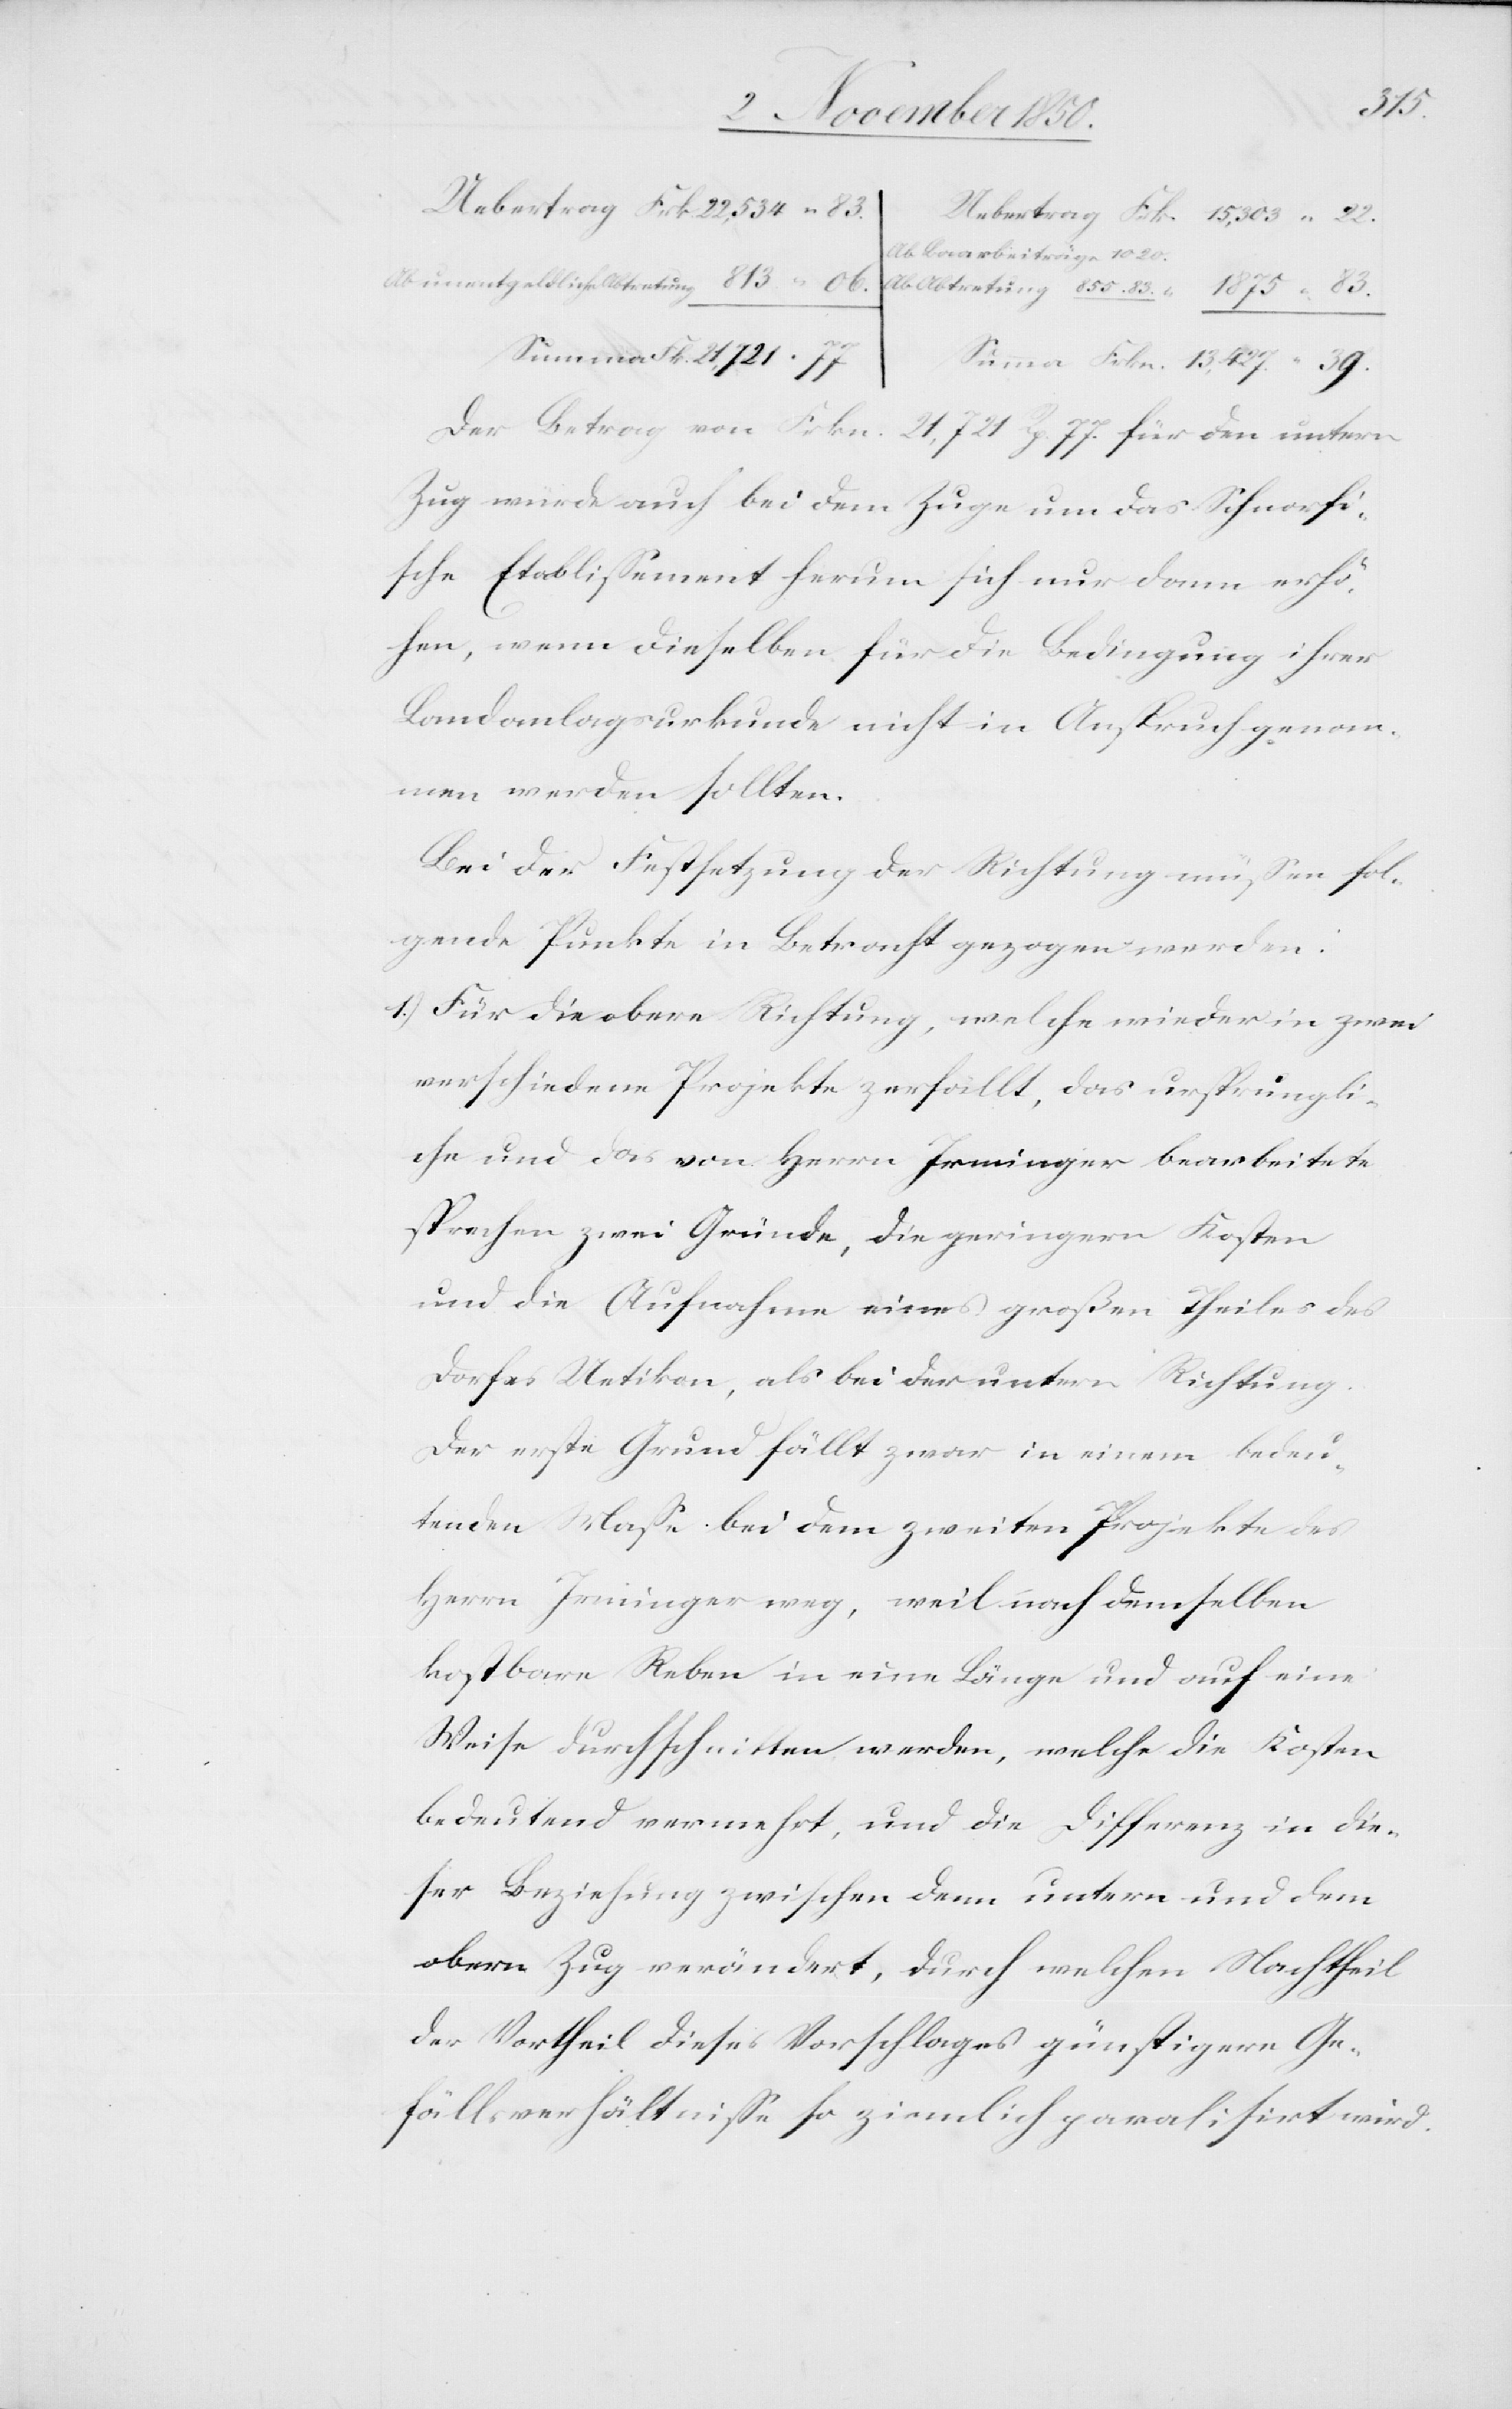
39
Ab Baarbeiträge 1020
Der Betrag von Frkn. 21,721 Rp. 77. für den untern
Zug würde auch bei dem Zuge um das Schnorfi¬
sche Etablissement herum sich nur dann erhö¬
hen, wenn dieselben für die Bedingung ihrer
Landanlagsurkunde nicht in Anspruch genom¬
men werden sollten.
Bei der Festsetzung der Richtung müssen fol¬
gende Punkte in Betracht gezogen werden:
1.) Für die obere Richtung, welche wieder in zwei
verschiedene Projekte zerfällt, das ursprüngli¬
che und das von Herrn Irminger bearbeitete
sprachen zwei Gründe, die geringern Kosten
und die Aufnahme eines großen Theiles des
Dorfes Uetikon, als bei der untern Richtung.
Der erste Grund fällt zwar in einem bedeu¬
tenden Masse bei dem zweiten Projekte des
Herrn Irminger weg, weil nach demselben
kostbare Reben in eine Länge und auf eine
Weise durchschnitten werden, welche die Kosten
bedeutend vermehrt, und die Differenz in die¬
ser Beziehung zwischen denn [sic!] untern und dem
obern Zug verändert, durch welchen Nachtheil
der Vortheil dieses Vorschlages günstigern Ge¬
fällsverhältnisse so ziemlich paralisirt wird.